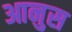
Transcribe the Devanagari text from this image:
आनुस